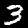
Digit: 3